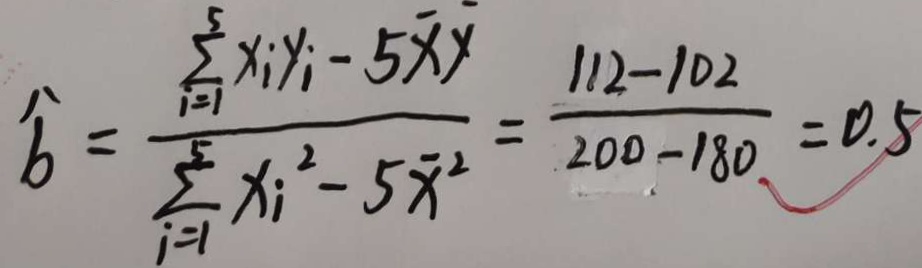
\widehat { b } = \frac { \sum _ { i = 1 } ^ { 5 } x _ { i } y _ { i } - 5 \overline { x } y } { \sum _ { i = 1 } ^ { 5 } x _ { i } ^ { 2 } - 5 \overline { x } ^ { 2 } } = \frac { 1 1 2 - 1 0 2 } { 2 0 0 - 1 8 0 } = 0 . 5